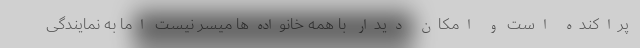
پراکنده است و امکان دیدار با همه خانواده‌ها میسر نیست اما به نمایندگی